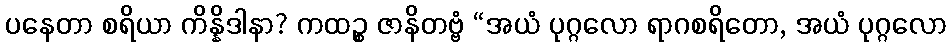
ပနေတာ စရိယာ ကိန္နိဒါနာ? ကထဉ္စ ဇာနိတဗ္ဗံ “အယံ ပုဂ္ဂလော ရာဂစရိတော, အယံ ပုဂ္ဂလော